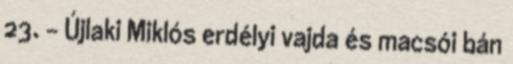
23. – Újlaki Miklós erdélyi vajda és macsói bán